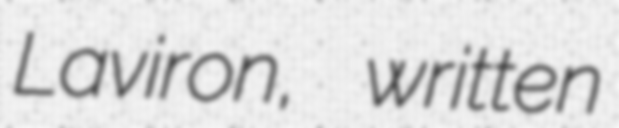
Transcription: Laviron, written